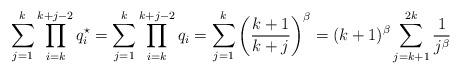
LaTeX: \begin{align*}\sum_{j=1}^{k}\prod_{i=k}^{k+j-2}q_i^\star=\sum_{j=1}^{k}\prod_{i=k}^{k+j-2}q_i=\sum_{j=1}^{k}\left(\frac{k+1}{k+j}\right)^{\beta}=(k+1)^\beta\sum_{j=k+1}^{2k}\frac{1}{j^\beta}\end{align*}